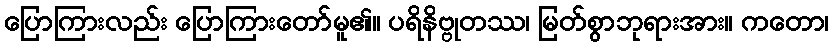
ပြောကြားလည်း ပြောကြားတော်မူ၏။ ပရိနိဗ္ဗုတဿ၊ မြတ်စွာဘုရားအား။ ကတော၊